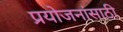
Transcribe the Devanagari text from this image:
प्रयोजनांसाठी